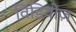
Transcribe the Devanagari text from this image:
विडियोज़